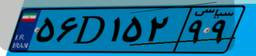
۵۶D۱۵۲۹۹